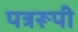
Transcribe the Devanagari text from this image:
पत्ररूपी